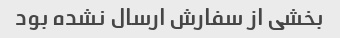
بخشی از سفارش ارسال نشده بود